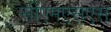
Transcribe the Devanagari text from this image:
सीएमएसएस